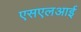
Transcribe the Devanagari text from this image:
एसएलआई